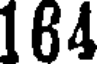
164